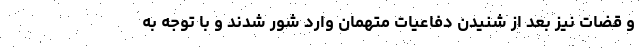
و قضات نیز بعد از شنیدن دفاعیات متهمان وارد شور شدند و با توجه به